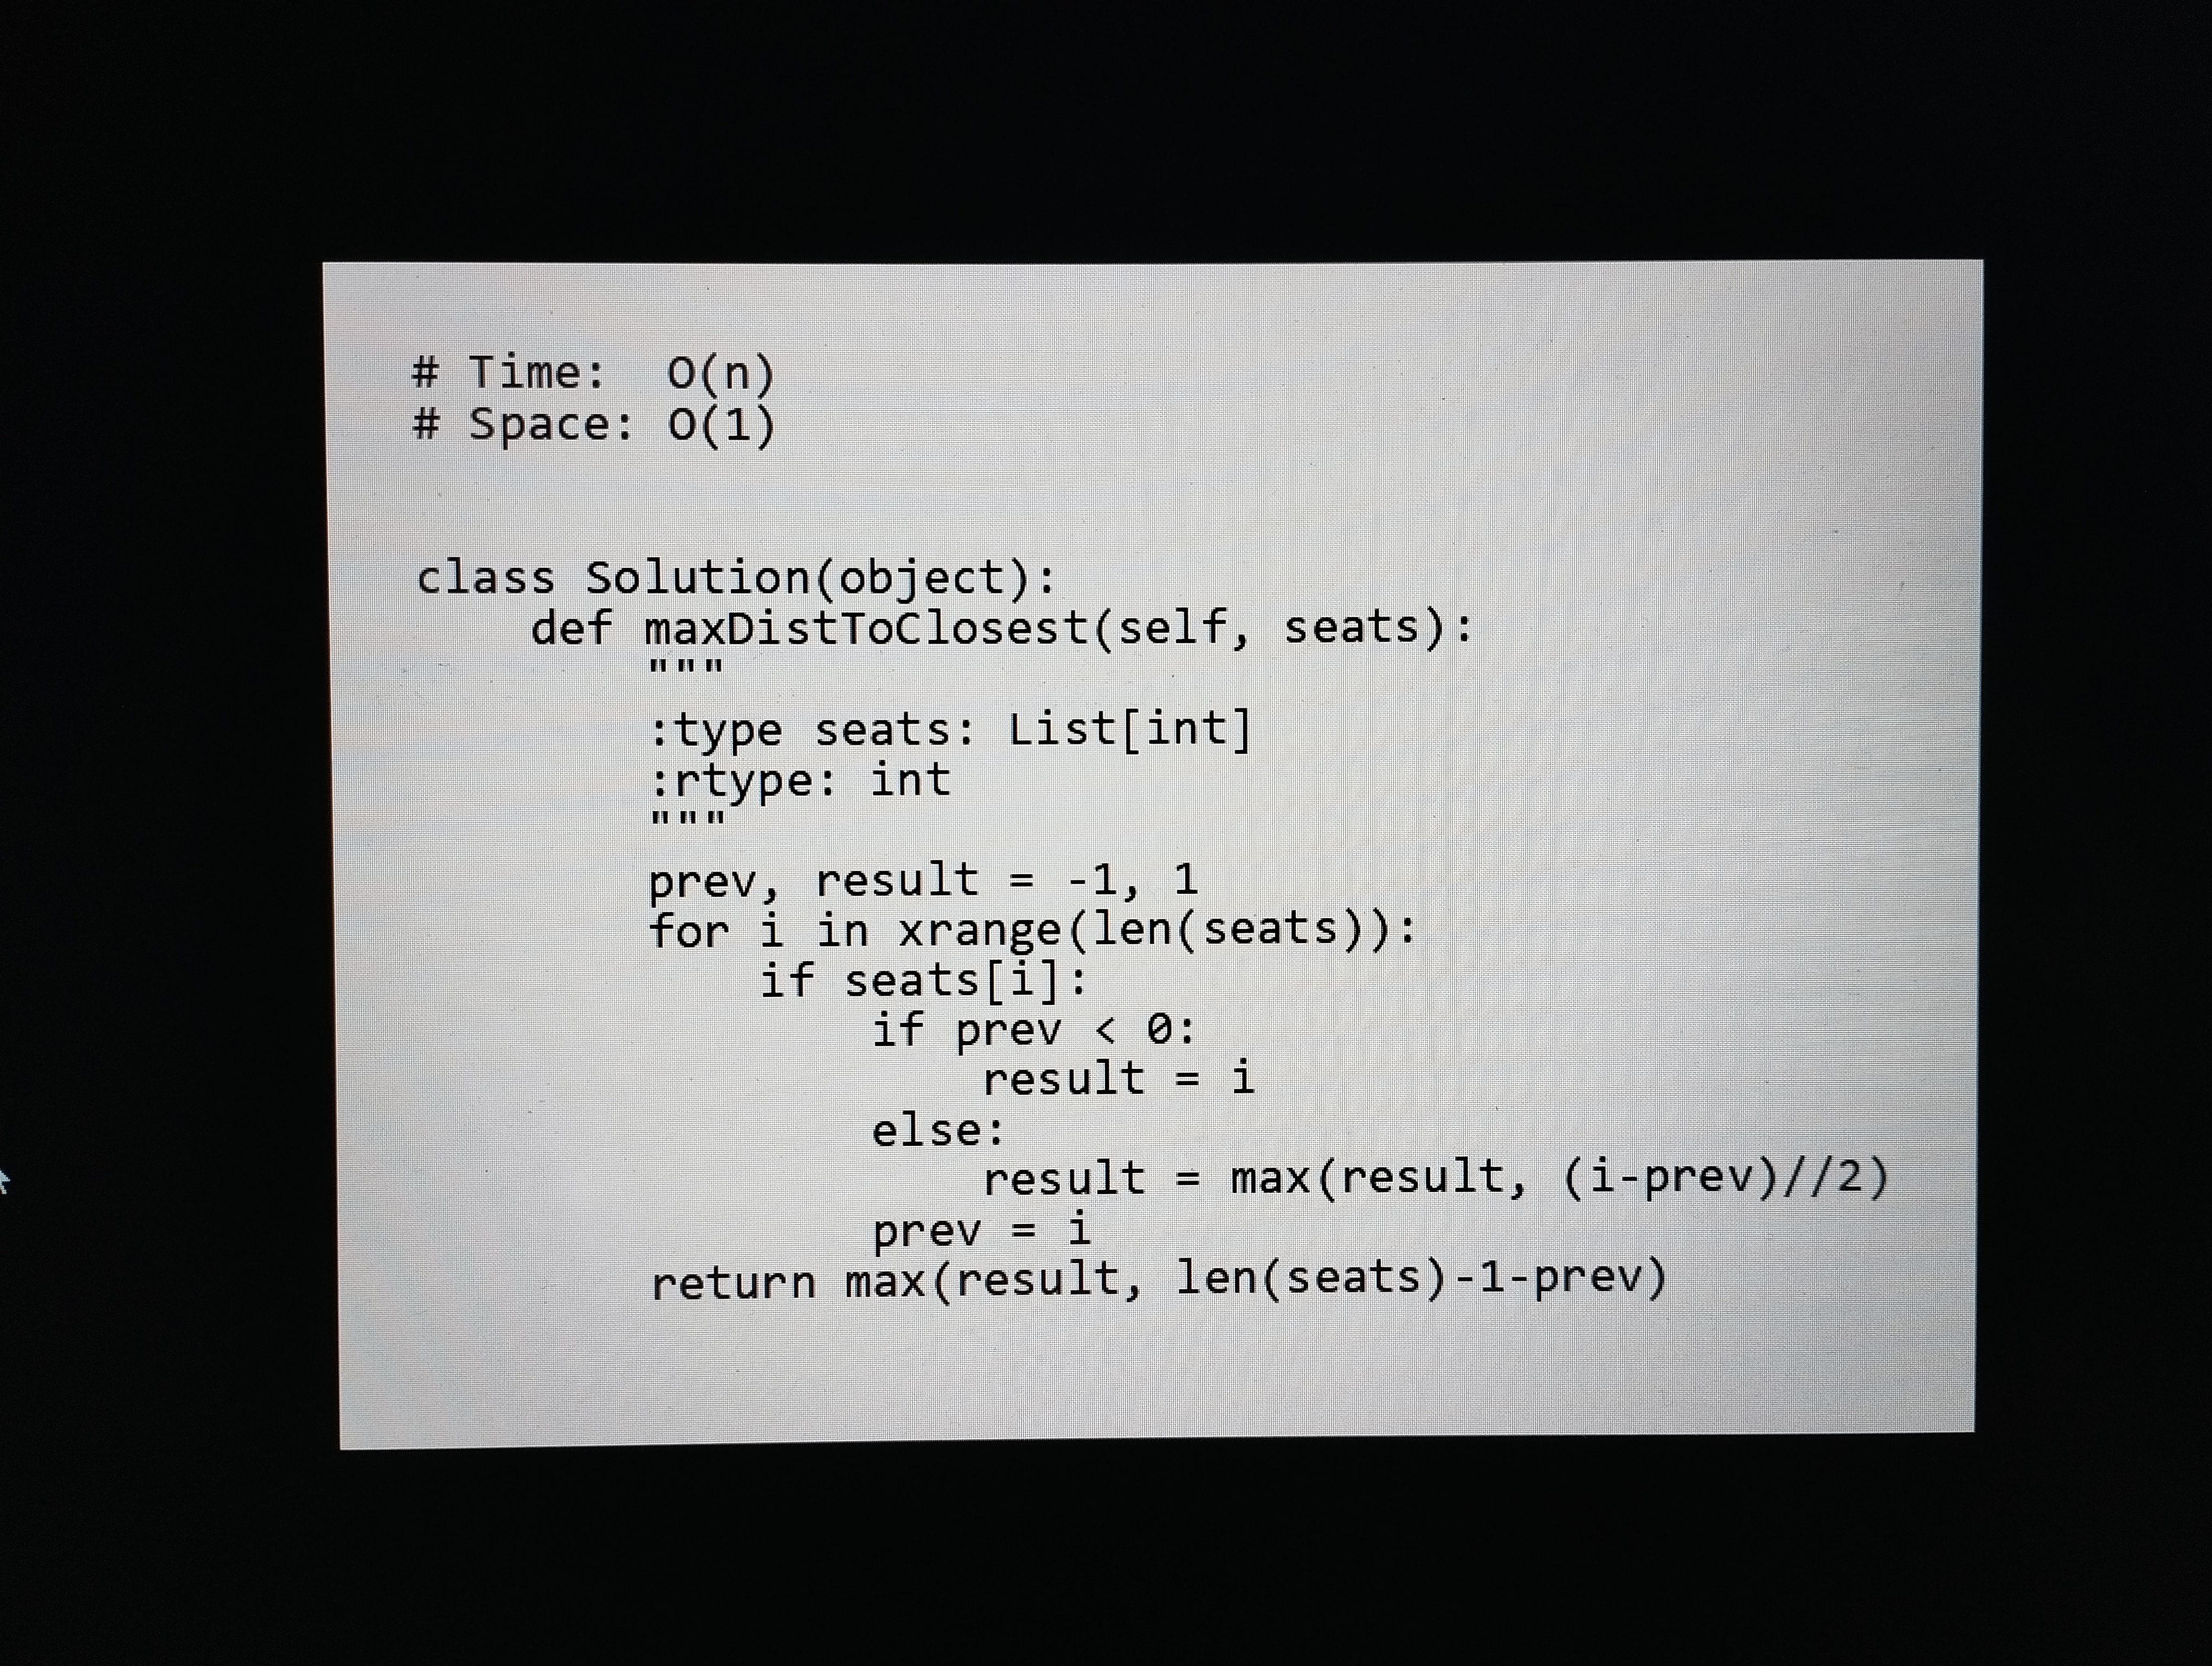
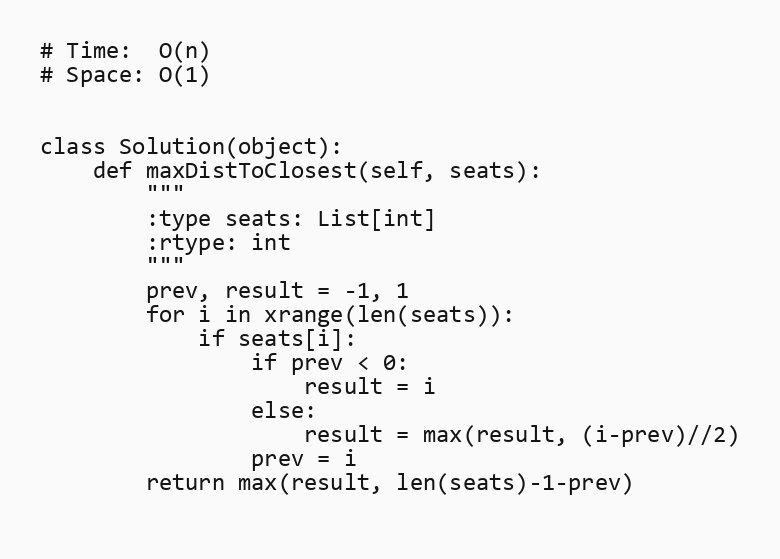
# Time:  O(n)
# Space: O(1)

class Solution(object):
    def maxDistToClosest(self, seats):
        """
        :type seats: List[int]
        :rtype: int
        """
        prev, result = -1, 1
        for i in xrange(len(seats)):
            if seats[i]:
                if prev < 0:
                    result = i
                else:
                    result = max(result, (i-prev)//2)
                prev = i
        return max(result, len(seats)-1-prev)